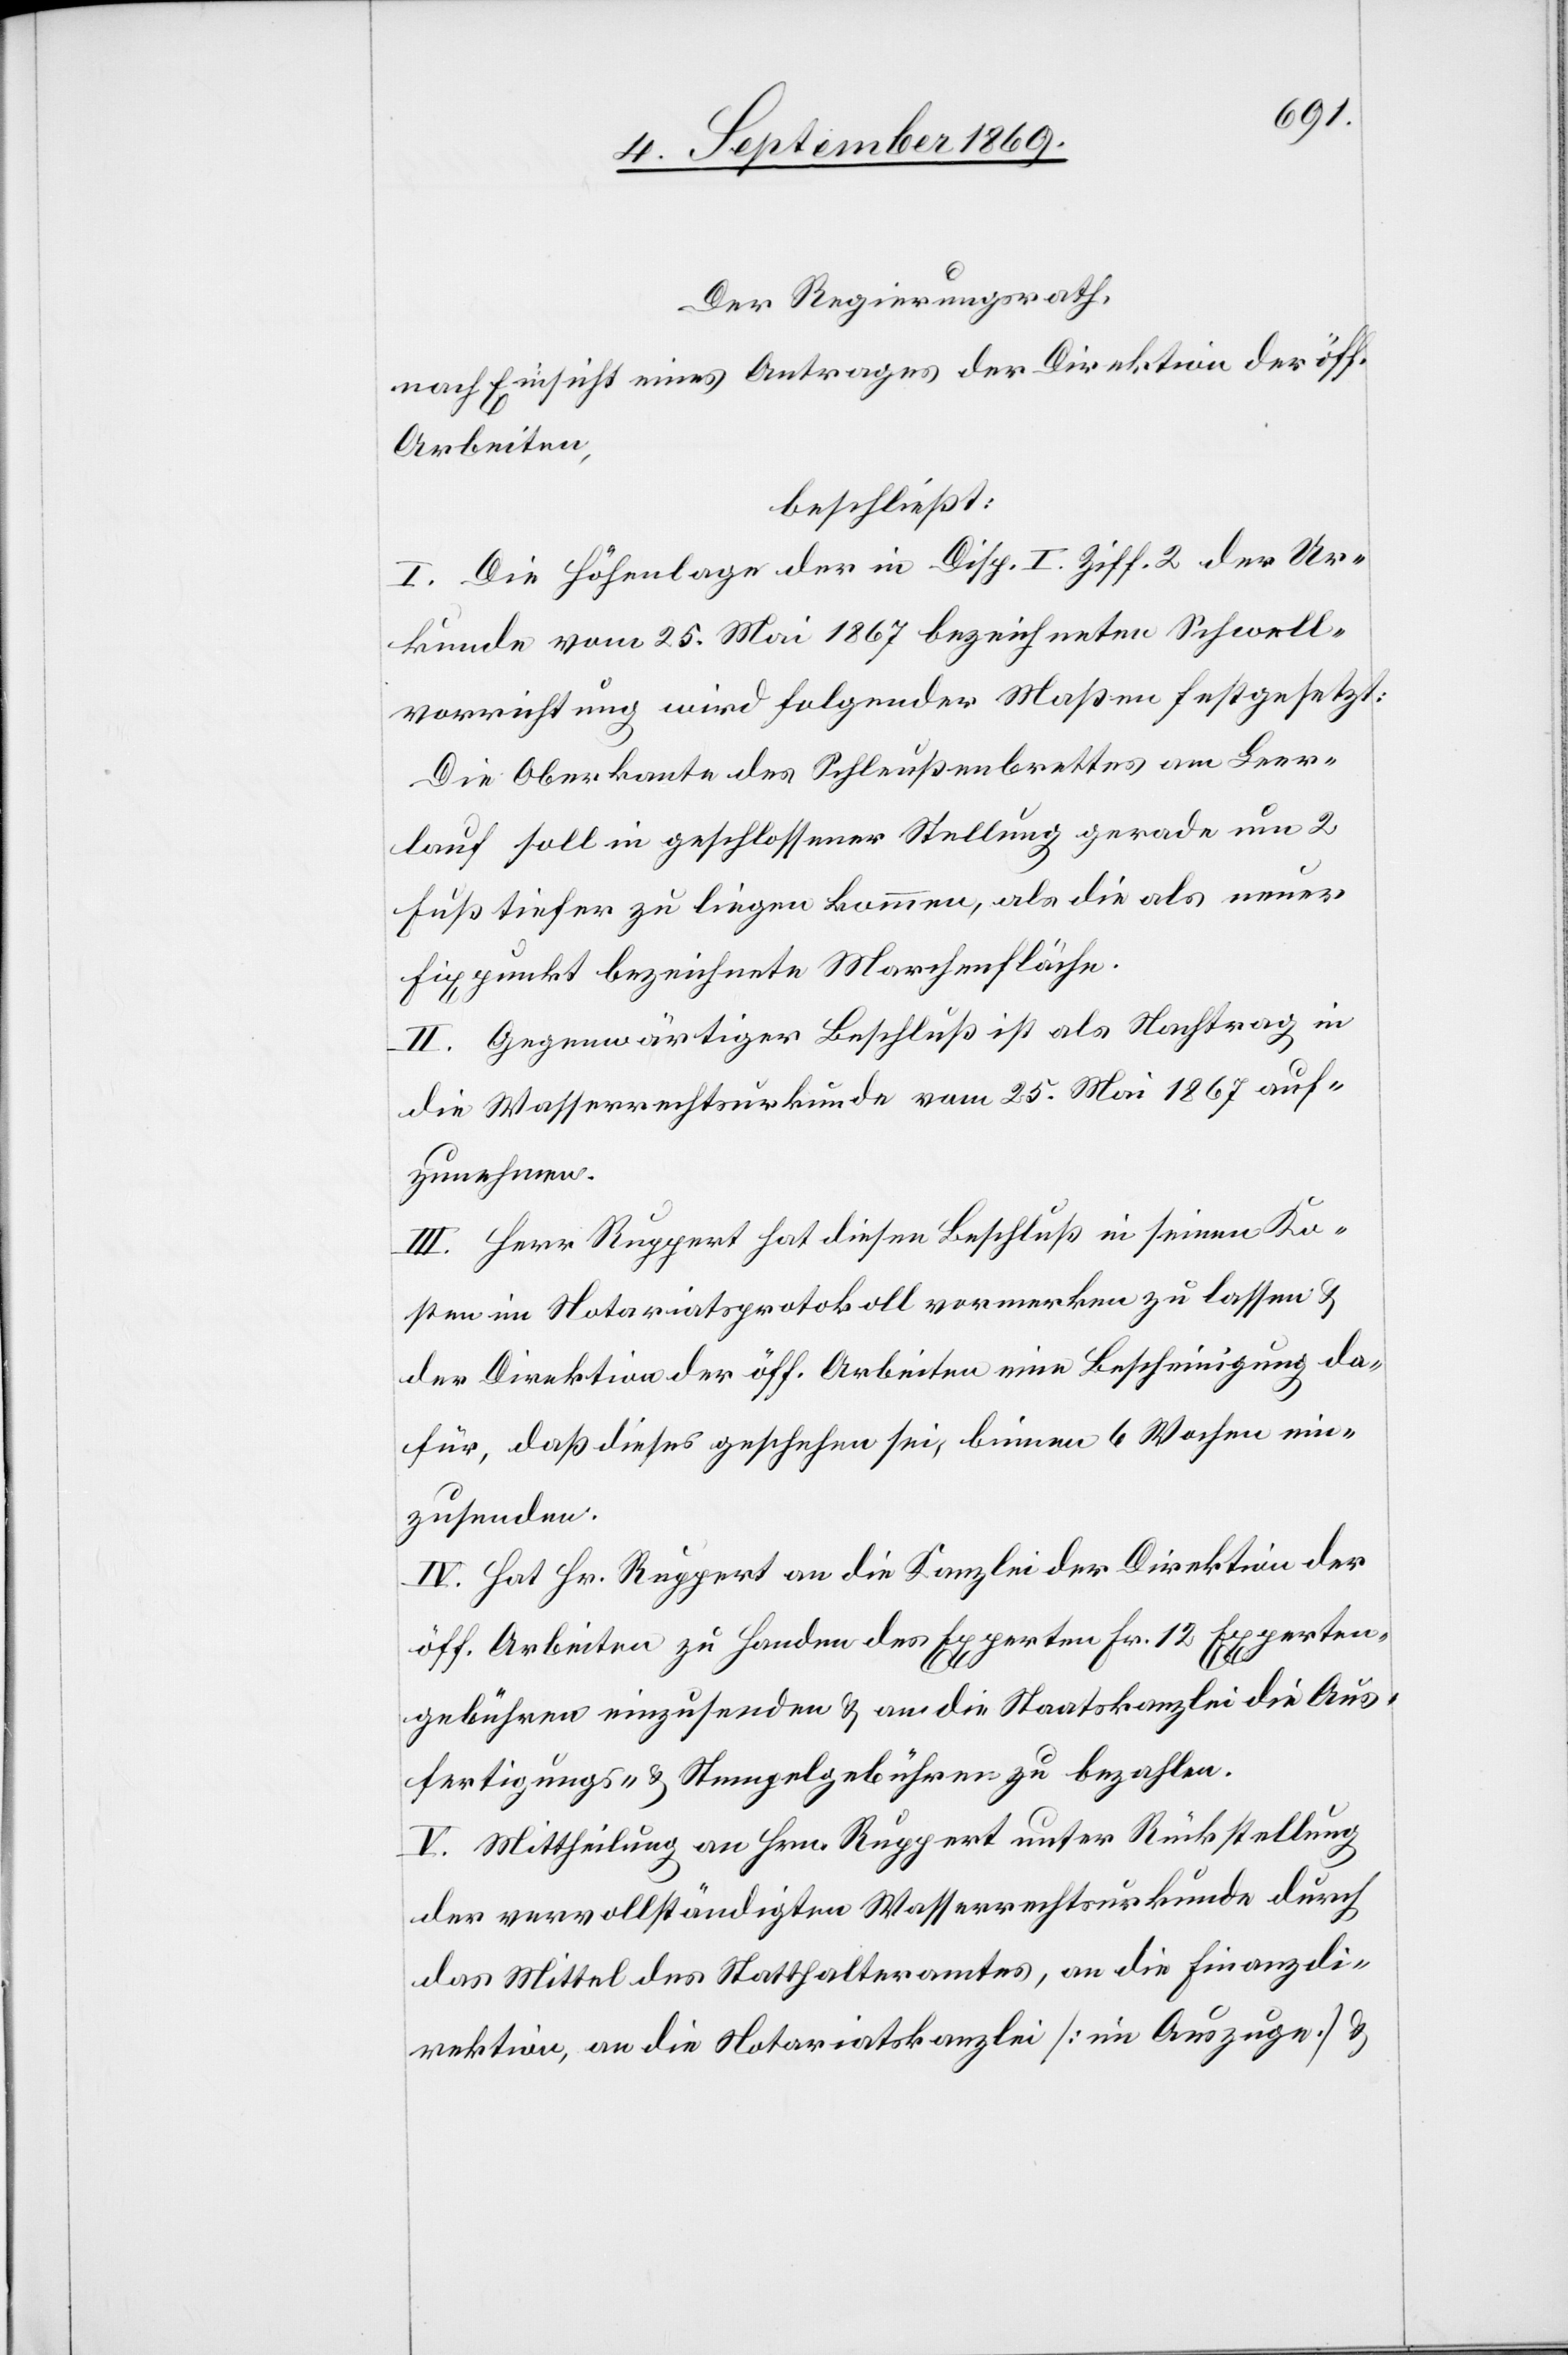
Der Regierungsrath,
nach Einsicht eines Antrages der Direktion der öff.
Arbeiten,
beschließt:
I. Die Höhenlage der in Disp. I. Ziff. 2 der Ur¬
kunde vom 25. Mai 1867 bezeichneten Schwell¬
vorrichtung wird folgender Maßen festgesetzt:
Die Oberkante des Schleußenbrettes am Leer¬
lauf soll in geschlossener Stellung gerade um 2
Fuß tiefer zu liegen kommen, als die als neuer
Fixpunkt bezeichnete Marchenfläche.
II. Gegenwärtiger Beschluß ist als Nachtrag in
die Wasserrechtsurkunde vom 25. Mai 1867 auf¬
zunehmen.
III. Herr Ruppert hat diesen Beschluß in seinen Ko¬
sten im Notariatsprotokoll vormerken zu lassen &
der Direktion der öff. Arbeiten eine Bescheinigung da¬
für, daß dieses geschehen sei, binnen 6 Wochen ein¬
zusenden.
IV. Hat Hr. Ruppert an die Kanzlei der Direktion der
öff. Arbeiten zu Handen des Experten Fr. 12 Experten¬
gebühren einzusenden & an die Staatskanzlei die Aus¬
fertigungs- & Stempelgebühren zu bezahlen.
V. Mittheilung an Hrn. Ruppert unter Rückstellung
der vervollständigten Wasserrechtsurkunde durch
das Mittel des Statthalteramtes, an die Finanzdi¬
rektion, an die Notariatskanzlei [im Auszuge] &